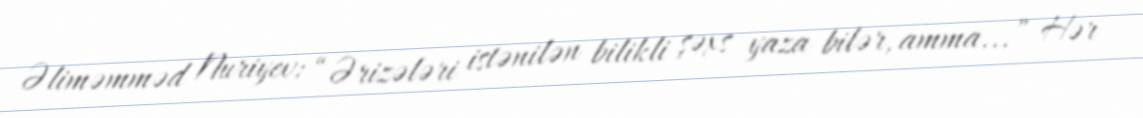
Əliməmməd Nuriyev: “Ərizələri istənilən bilikli şəxs yaza bilər, amma...” Hər